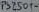
Text: PS2501